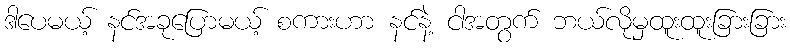
ဒါပေမယ့် နင်အခုပြောမယ့် စကားဟာ နင်နဲ့ ငါအတွက် ဘယ်လိုမှထူးထူးခြားခြား